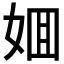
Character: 𡜼